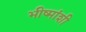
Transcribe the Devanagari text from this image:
भीष्मांशी